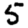
Digit: 5